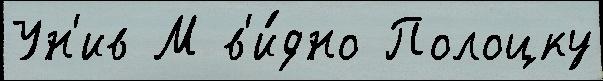
Ун'ив М в'и́дно Полоцку